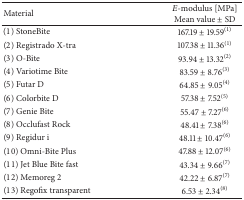
| Material | E-modulus [MPa]Mean value ± SD |
 | --- | --- |
 | (1) StoneBite | 167.19 ± 19.59(1) |
 | (2) Registrado X-tra | 107.38 ± 11.36(1) |
 | (3) O-Bite | 93.94 ± 13.32(2) |
 | (4) Variotime Bite | 83.59 ± 8.76(3) |
 | (5) Futar D | 64.85 ± 9.05(4) |
 | (6) Colorbite D | 57.38 ± 7.52(5) |
 | (7) Genie Bite | 55.47 ± 7.27(6) |
 | (8) Occlufast Rock | 48.41 ± 7.38(6) |
 | (9) Regidur i | 48.11 ± 10.47(6) |
 | (10) Omni-Bite Plus | 47.88 ± 12.07(6) |
 | (11) Jet Blue Bite fast | 43.34 ± 9.66(7) |
 | (12) Memoreg 2 | 42.22 ± 6.87(7) |
 | (13) Regofix transparent | 6.53 ± 2.34(8) |